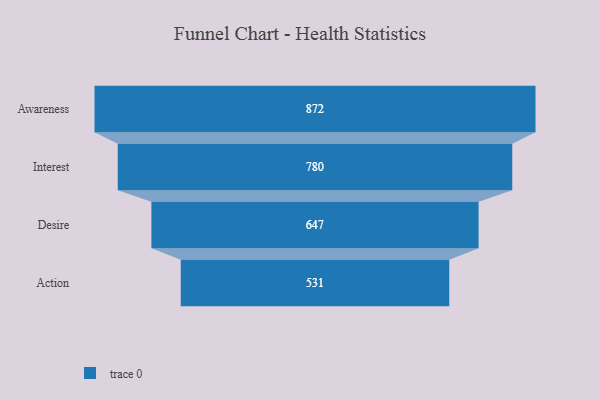
{"axis": {"x": "Stage", "y": "Value"}, "legend": [""], "data": [{"x": "Awareness", "y": 872.0, "type": ""}, {"x": "Interest", "y": 780.0, "type": ""}, {"x": "Desire", "y": 647.0, "type": ""}, {"x": "Action", "y": 531.0, "type": ""}]}